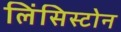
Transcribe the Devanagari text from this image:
लिंसिस्टोन